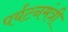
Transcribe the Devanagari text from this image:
पर्यटनमंत्री